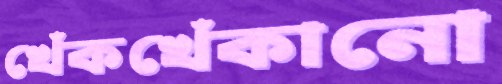
খেঁকখেঁকানো